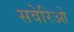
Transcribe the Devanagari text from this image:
सवेरिओ